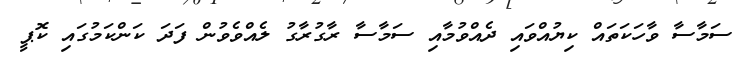
ސަމާސާ ވާހަކަތައް ކިޔުއްވައި ދެއްވުމާއި ސަމާސާ ރާގުރާގު ލެއްވެވުން ފަދަ ކަންކަމުގައި ކޮޕީ